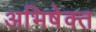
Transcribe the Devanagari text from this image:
अभिषेक्त